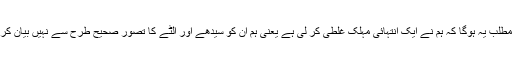
اس کا مطلب یہ ہوگا کہ ہم نے ایک انتہائی مہلک غلطی کر لی ہے یعنی ہم ان کو سیدھے اور الٹے کا تصوّر صحیح طرح سے نہیں بیان کر سکے۔